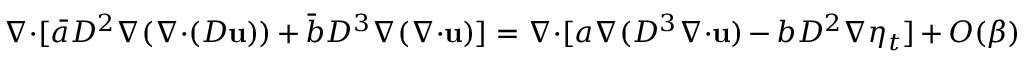
\nabla \! \cdot \! [ \bar { a } D ^ { 2 } \nabla ( \nabla \! \cdot \! ( D \mathbf { u } ) ) + \bar { b } D ^ { 3 } \nabla ( \nabla \! \cdot \! \mathbf { u } ) ] = \nabla \! \cdot \! [ a \nabla ( D ^ { 3 } \nabla \! \cdot \! \mathbf { u } ) - b D ^ { 2 } \nabla \eta _ { t } ] + O ( \beta )